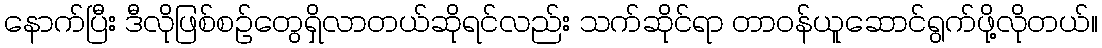
နောက်ပြီး ဒီလိုဖြစ်စဉ်တွေရှိလာတယ်ဆိုရင်လည်း သက်ဆိုင်ရာ တာဝန်ယူဆောင်ရွက်ဖို့လိုတယ်။